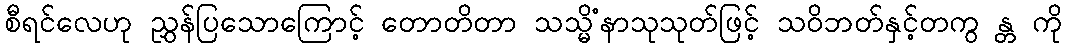
စီရင်လေဟု ညွှန်ပြသောကြောင့် တောတိတာ သသ္မိံနာသုသုတ်ဖြင့် သဝိဘတ်နှင့်တကွ န္တ ကို